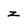
Character: z